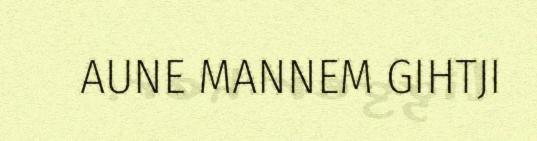
AUNE MANNEM GIHTJI